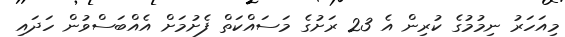
މިއަހަރު ނިމުމުގެ ކުރިން އެ 23 ރަށުގެ މަސައްކަތް ފެށުމަށް އެއްބަސްވުން ހަދައި